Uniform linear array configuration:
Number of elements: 16
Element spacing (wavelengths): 1
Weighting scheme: binomial
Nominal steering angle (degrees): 60
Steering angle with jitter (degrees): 61.365
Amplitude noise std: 0.05
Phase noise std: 0.05

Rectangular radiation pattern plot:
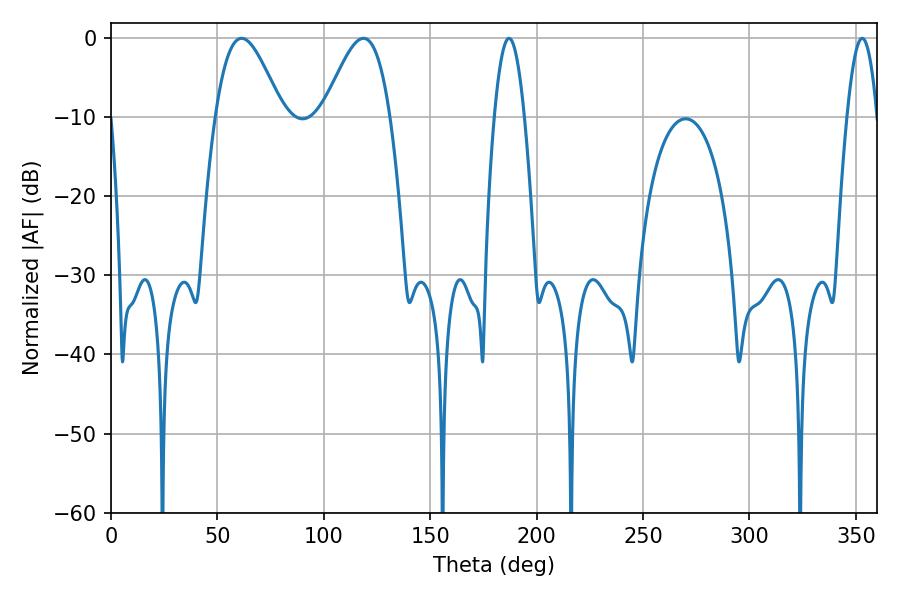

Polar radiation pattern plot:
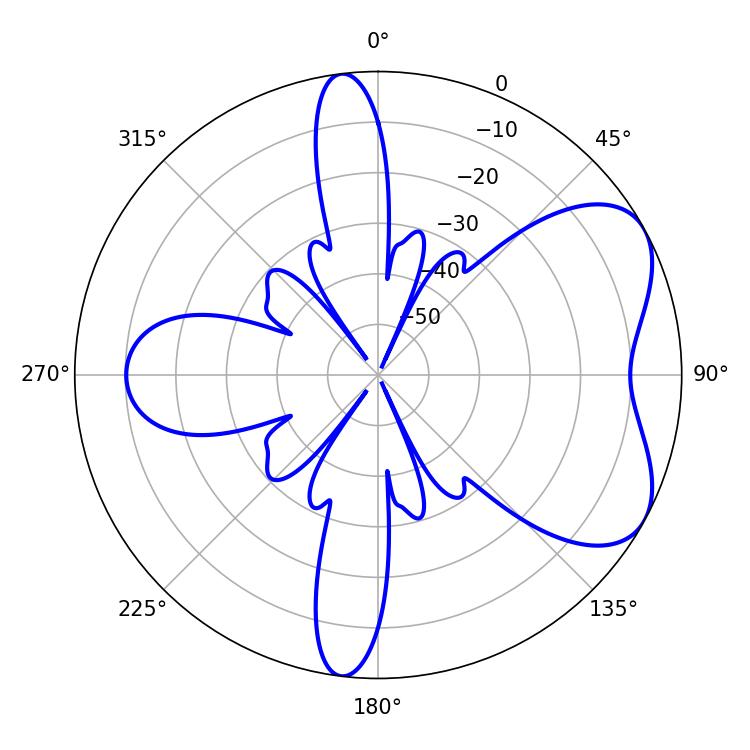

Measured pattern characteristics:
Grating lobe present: TRUE
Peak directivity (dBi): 5.802
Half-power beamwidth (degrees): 7.74
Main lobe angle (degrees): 187.02